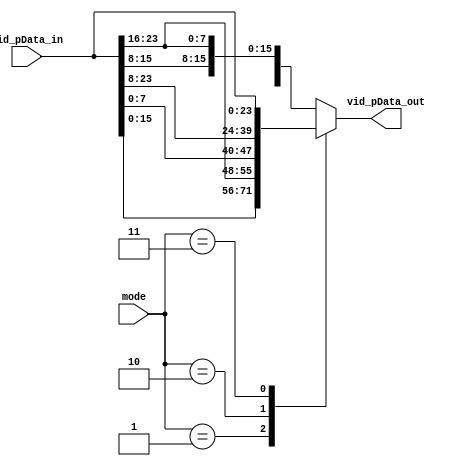
`timescale 1ns / 1ps
//////////////////////////////////////////////////////////////////////////////////
// Company: CFOGE
// 
// Design Name: rgb_swap
// Module Name: rgb_swap
// Project Name: 
// Target Devices: Arty Z7
// Tool Versions: Vivado 2020.2
// Description: Swaps RGB channels
// 
// Dependencies: 
// 
// Revision:
// Revision 0.01 - File Created
// Additional Comments:
// 
//////////////////////////////////////////////////////////////////////////////////


module rgb_swap(
        input [23:0] vid_pData_in,
        input [1:0] mode, //selects fx mode
        output [23:0] vid_pData_out
    );
    
    reg [23:0] vid;
    wire [7:0] blue =  vid_pData_in[7:0];
    wire [7:0] green =  vid_pData_in[15:8];
    wire [7:0] red =  vid_pData_in[23:16];
    
    
    always @ (vid_pData_in, mode) begin
        case (mode)
            2'b01  ://GBR
                begin
                     vid = {green,blue,red};
                end
            2'b10  ://BRG
                begin
                     vid = {blue,red,green};
                end
                
            2'b11  ://BRG
                begin
                     vid = {red,green,blue};
                end

            
            default :  // no effect
                begin
                     vid = {blue,green,red};
                end
            
        endcase
        
        
    end
    
    assign vid_pData_out = vid;
    
endmodule